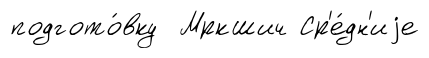
подгото́вку Мркшич Ср'е́дн'иjе